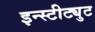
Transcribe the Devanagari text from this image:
इन्स्टीट्युट